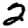
Digit: 2